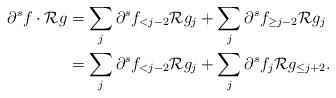
LaTeX: \begin{align*}\partial^s f \cdot \mathcal R g& = \sum_j \partial^s f_{<j-2} \mathcal R g_j + \sum_j \partial^s f_{\ge j-2} \mathcal R g_j \\& = \sum_j \partial^s f_{<j-2} \mathcal R g_j + \sum_j \partial^s f_{j} \mathcal R g_{\le j+2}.\end{align*}